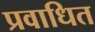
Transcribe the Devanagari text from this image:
प्रवाधित